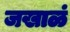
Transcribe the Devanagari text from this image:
जखाळं